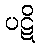
ပဋိ